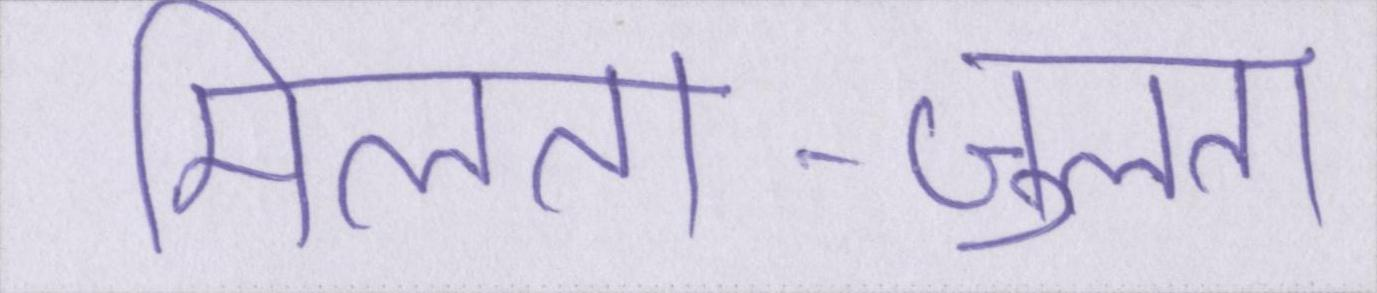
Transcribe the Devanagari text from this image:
मिलता-जुलता